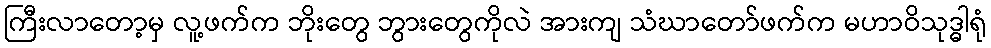
ကြီးလာတော့မှ လူ့ဖက်က ဘိုးတွေ ဘွားတွေကိုလဲ အားကျ သံဃာတော်ဖက်က မဟာဝိသုဒ္ဓါရုံ